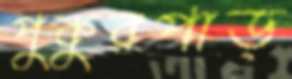
পুকুরপাড়